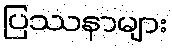
ပြဿနာများ